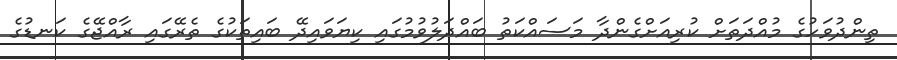
ތިންދުވަހުގެ މުއްދަތަށް ކުރިއަށްގެންދާ މަސައްކަތު ބައްދަލުވުމުގައި ކިޔަވައިދޭ ބައިތަކުގެ ތެރޭގައި ރާއްޖޭގެ ކަނޑުގެ